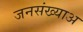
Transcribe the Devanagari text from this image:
जनसंख्याअ